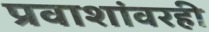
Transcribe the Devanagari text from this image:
प्रवाशांवरही